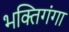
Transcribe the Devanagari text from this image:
भक्तिगंगा